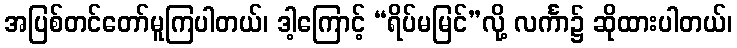
အပြစ်တင်တော်မူကြပါတယ်၊ ဒါ့ကြောင့် “ရိပ်မမြင်”လို့ လင်္ကာ၌ ဆိုထားပါတယ်၊